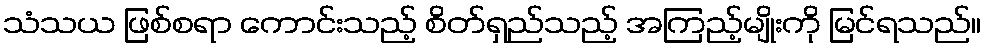
သံသယ ဖြစ်စရာ ကောင်းသည့် စိတ်ရှည်သည့် အကြည့်မျိုးကို မြင်ရသည်။